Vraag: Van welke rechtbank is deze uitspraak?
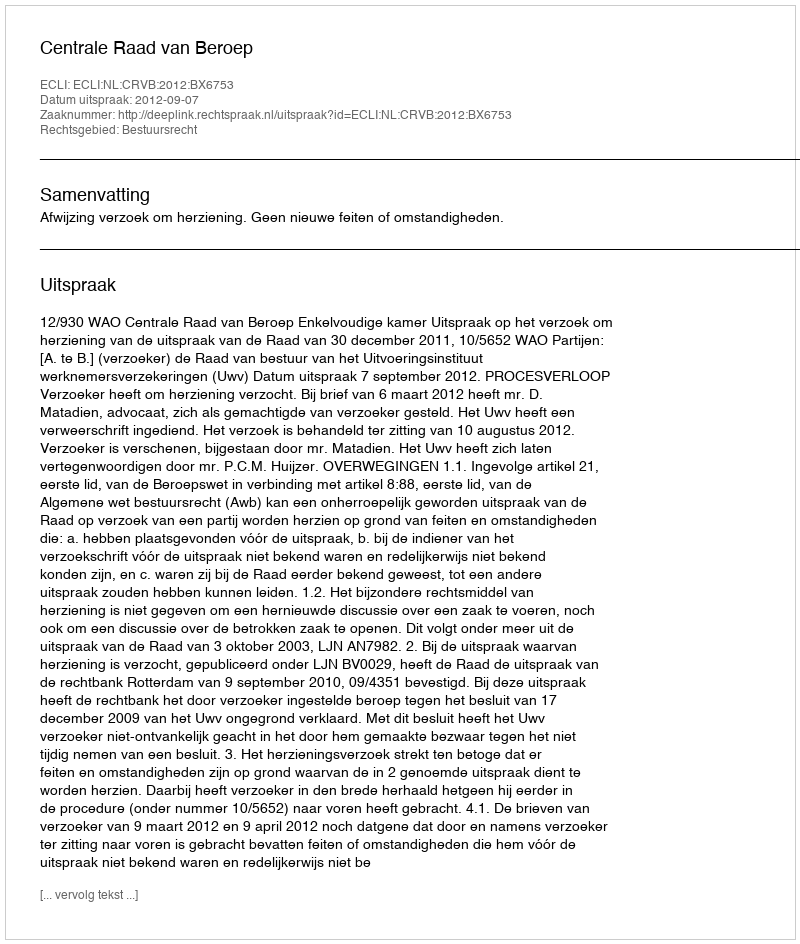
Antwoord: Centrale Raad van Beroep